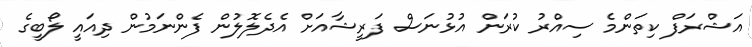
އަޝްރަފް ކިތަންމެ ސިއްރު ކުރަން އުޅުނަސް ފަރީޝާއަށް އެދެލޮލުން ފެންނަމުން ދިއައީ ލޯބީގެ